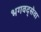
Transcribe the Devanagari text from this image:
भगवद्सेवा